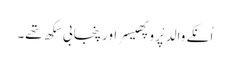
اُنکے والد پْروپھیسر اور پنجابی سِکھ تھے۔